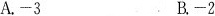
A.-3 B.-2